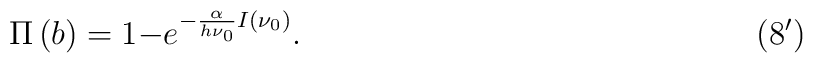
\qquad\qquad\qquad\qquad\qquad\quad\quad\quad \Pi \left( b \right) = 1 - e^{ - \frac{\alpha }{h\nu _0}I( {\nu _0 } )} . \qquad\qquad\qquad\qquad\qquad\qquad\quad\quad (8^\prime)